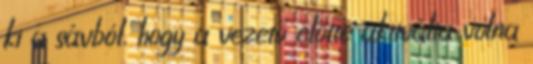
ki a sávból, hogy a vezető előtte aktiválta volna